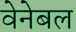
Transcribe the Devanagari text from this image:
वेनेबल